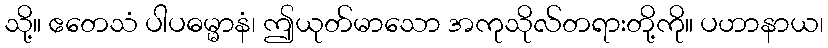
သို့။ ဧတေသံ ပါပဓမ္မာနံ၊ ဤယုတ်မာသော အကုသိုလ်တရားတို့ကို။ ပဟာနာယ၊